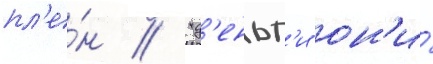
пл'е́н // "д'еньг'и он'и́